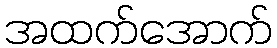
အထက်အောက်